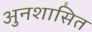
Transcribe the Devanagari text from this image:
अुनशासित